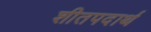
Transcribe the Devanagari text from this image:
शीतपदार्थ